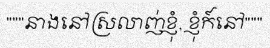
"""នាងនៅស្រលាញ់ខ្ញុំ, ខ្ញុំក៍នៅ"""